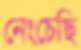
নেংচেছি